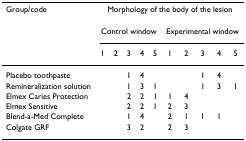
| Group/code | <COLSPAN=10> Morphology of the body of the lesion |
 |  | <COLSPAN=5> Control window | <COLSPAN=5> Experimental window |
 |  | 1 | 2 | 3 | 4 | 5 | 1 | 2 | 3 | 4 | 5 |
 | --- | --- | --- | --- | --- | --- | --- | --- | --- | --- | --- |
 | Placebo toothpaste |  |  | 1 | 4 |  |  |  | 1 | 4 |  |
 | Remineralization solution |  |  | 1 | 3 | 1 |  |  | 1 | 3 | 1 |
 | Elmex Caries Protection |  |  | 2 | 2 | 1 | 1 | 4 |  |  |  |
 | Elmex Sensitive |  |  | 2 | 2 | 1 | 2 | 3 |  |  |  |
 | Blend-a-Med Complete |  |  | 1 | 4 |  | 2 | 1 | 1 | 1 |  |
 | Colgate GRF |  |  | 3 | 2 |  | 2 | 3 |  |  |  |